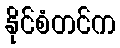
နိုင်စံတင်က